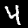
Label: 4